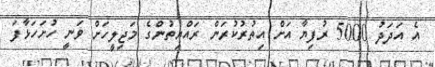
އެ އަދަދު 5000 ރުފިޔާ އަށް އިތުރުކުރަން ރައްޔިތުންގެ މަޖިލީހަށް ވަނީ ހުށަހަޅާފަ